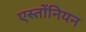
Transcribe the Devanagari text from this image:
एस्तोंनियन